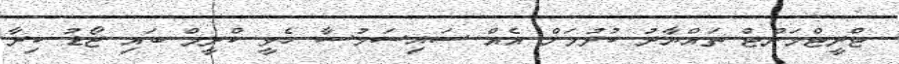
ޓްރީޓްމަންޓް ތައްޔާރު ކުރުމަށް އެއް ސައިސަމުސާ ހެވީ ކްރީމް ބައި ޖޯޑު ކިރާ